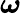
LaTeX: \boldsymbol\omega